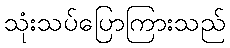
သုံးသပ်ပြောကြားသည်